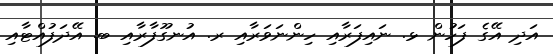
އަދި އޭގެ ފަހުން ޅ. ނައިފަރާއި ހިންނަވަރާއި ރ. އުނގޫފާރާއި ބ. އޭދަފުއްޓާއި